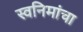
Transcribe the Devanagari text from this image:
स्वनिमांचा